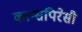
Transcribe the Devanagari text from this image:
कान्सपिरेसी